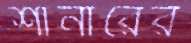
শার্নারের